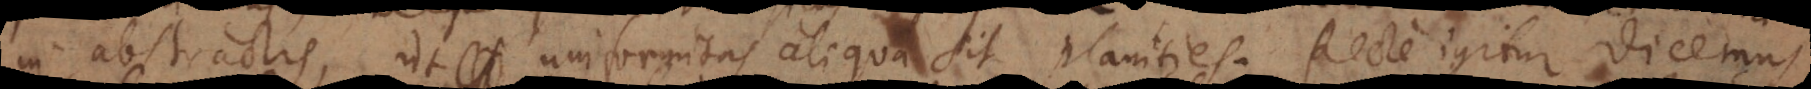
is, ut uniformitas aliqua sit planities. Recte igitur dicemus